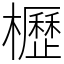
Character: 櫪